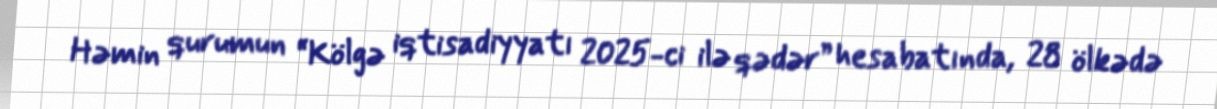
Həmin qurumun “Kölgə iqtisadiyyatı 2025-ci ilə qədər” hesabatında, 28 ölkədə